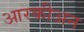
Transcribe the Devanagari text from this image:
आरकीअन